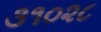
૩૧૦૨૮